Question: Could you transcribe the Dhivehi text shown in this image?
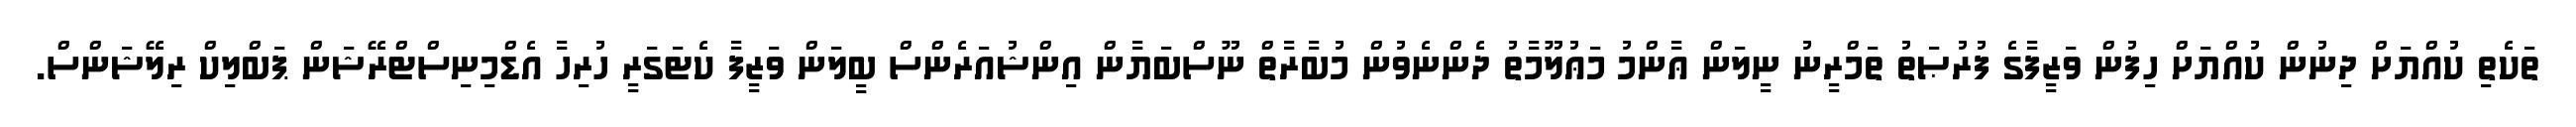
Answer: ތަކެތި ކުއްޔަށް ދިނުން ކުއްޔަށް ހިފުން ވަޒީފާގެ ފުރުޞަތު ތަމްރީނު ނީލަން ޢާންމު މަޢުލޫމާތު ދެންނެވުން މުބާރާތް ނޫސްބަޔާން އިންޝުއަރެންސް ބީލަން ވަޒީފާ ކެޓަގަރީ ހުރިހާ އެޑްމިނިސްޓްރޭޝަން ޕަބްލިކް ރިލޭޝަންސް.